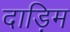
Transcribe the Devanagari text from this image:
दाड़िम